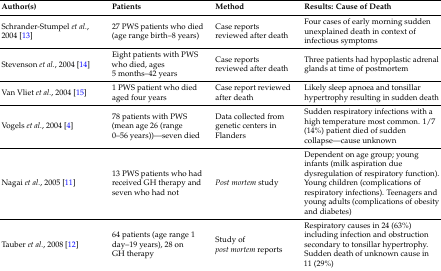
<table><thead><tr><td><b>Author(s)</b></td><td><b>Patients</b></td><td><b>Method</b></td><td><b>Results: Cause of Death</b></td></tr></thead><tbody><tr><td>Schrander-Stumpel <i>et al.</i>, 2004 [13]</td><td>27 PWS patients who died (age range birth–8 years)</td><td>Case reports reviewed after death</td><td>Four cases of early morning sudden unexplained death in context of infectious symptoms</td></tr><tr><td>Stevenson <i>et al.</i>, 2004 [14]</td><td>Eight patients with PWS who died, ages 5 months–42 years</td><td>Case reports reviewed after death</td><td>Three patients had hypoplastic adrenal glands at time of postmortem</td></tr><tr><td>Van Vliet <i>et al.</i>, 2004 [15]</td><td>1 PWS patient who died aged four years</td><td>Case report reviewed after death</td><td>Likely sleep apnoea and tonsillar hypertrophy resulting in sudden death</td></tr><tr><td>Vogels <i>et al.</i>, 2004 [4]</td><td>78 patients with PWS (mean age 26 (range 0–56 years))—seven died</td><td>Data collected from genetic centers in Flanders</td><td>Sudden respiratory infections with a high temperature most common. 1/7 (14%) patient died of sudden collapse—cause unknown</td></tr><tr><td>Nagai <i>et al.</i>, 2005 [11]</td><td>13 PWS patients who had received GH therapy and seven who had not</td><td><i>Post mortem</i> study</td><td>Dependent on age group; young infants (milk aspiration due dysregulation of respiratory function). Young children (complications of respiratory infections). Teenagers and young adults (complications of obesity and diabetes)</td></tr><tr><td>Tauber <i>et al.</i>, 2008 [12]</td><td>64 patients (age range 1 day–19 years), 28 on GH therapy</td><td>Study of <i>post mortem</i> reports</td><td>Respiratory causes in 24 (63%) including infection and obstruction secondary to tonsillar hypertrophy. Sudden death of unknown cause in 11 (29%)</td></tr></tbody></table>